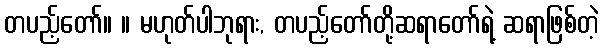
တပည့်တော်။ ။ မဟုတ်ပါဘုရား, တပည့်တော်တို့ဆရာတော်ရဲ့ ဆရာဖြစ်တဲ့